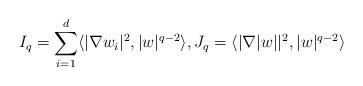
LaTeX: \begin{align*}I_q=\sum_{i=1}^d\langle |\nabla w_i|^2,|w|^{q-2}\rangle, J_q=\langle |\nabla |w||^2,|w|^{q-2}\rangle\end{align*}